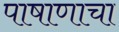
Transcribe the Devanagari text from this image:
पाषाणाचा